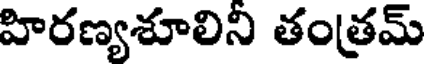
హిరణ్యశూలిని తంత్రమ్